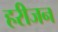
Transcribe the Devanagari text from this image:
हरीजन